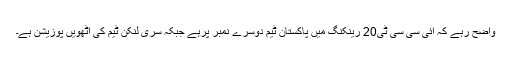
واضح رہے کہ آئی سی سی ٹی20 رینکنگ میں پاکستان ٹیم دوسرے نمبر پرہے جبکہ سری لنکن ٹیم کی آٹھویں پوزیشن ہے۔